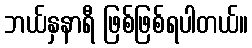
ဘယ်နှနာရီ ဖြစ်ဖြစ်ရပါတယ်။